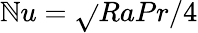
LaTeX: \mathbb{N}u=\sqrt{}{{RaPr}}/4